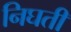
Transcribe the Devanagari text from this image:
निघती